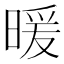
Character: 暖